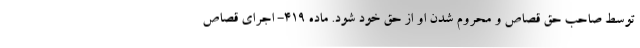
توسط صاحب حق قصاص و محروم شدن او از حق خود شود. ماده ۴۱۹- اجرای قصاص